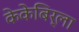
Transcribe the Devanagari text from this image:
केकेबिर्ला